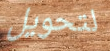
لتحويل